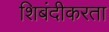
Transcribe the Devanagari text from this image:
शिबंदीकरता